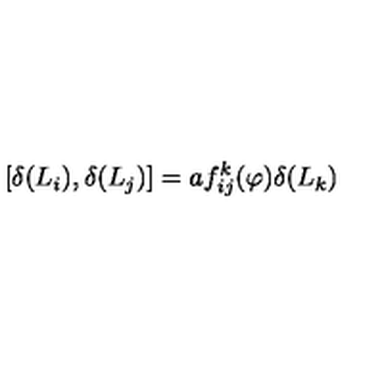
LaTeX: \lbrack \delta ( L _ { i } ) , \delta ( L _ { j } ) ] = a f _ { i j } ^ { k } ( \varphi ) \delta ( L _ { k } )